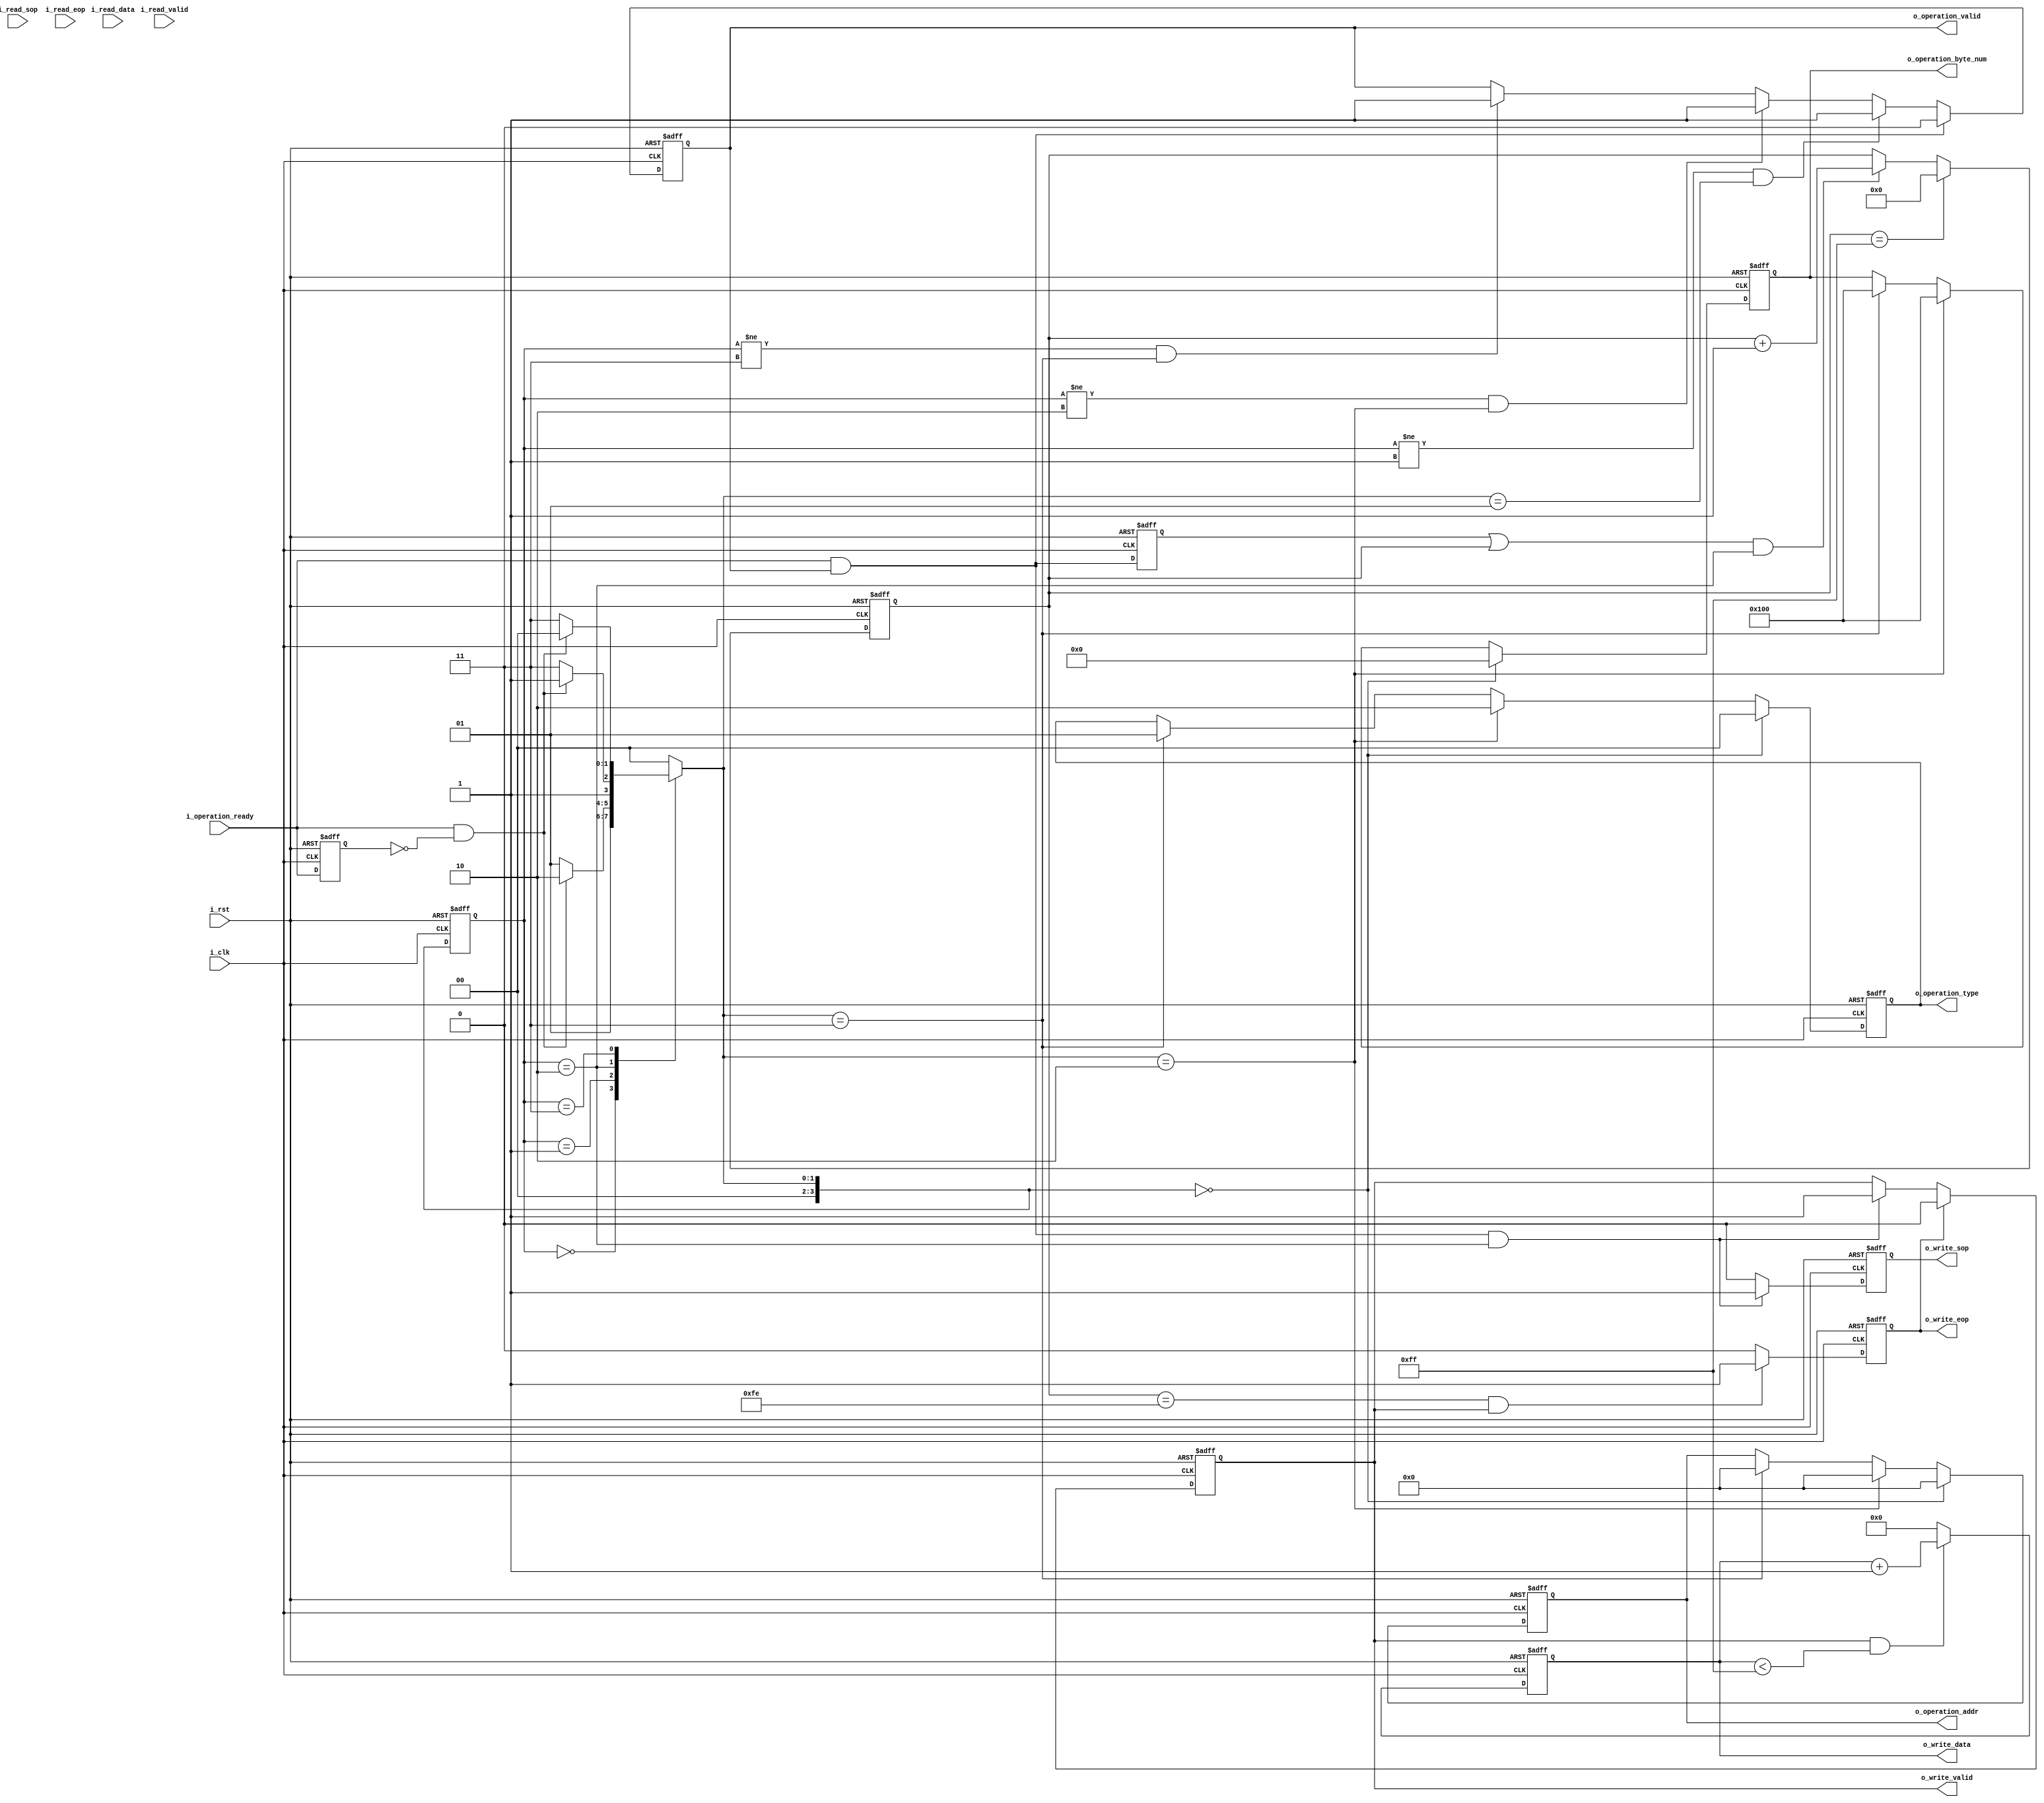
`timescale 1ns / 1ps
//////////////////////////////////////////////////////////////////////////////////
// Company: 
// Engineer: 
// 
// Design Name: 
// Module Name: user_data_gen_module
// Project Name: 
// Target Devices: 
// Tool Versions: 
// Description: 
// 
// Dependencies: 
// 
// Revision:
// Revision 0.01 - File Created
// Additional Comments:
// 
//////////////////////////////////////////////////////////////////////////////////


module user_data_gen_module#(
    parameter                       P_DATA_WIDTH  = 8  ,
    parameter                       P_SPI_CPOL    = 0  ,
    parameter                       P_SPI_CPHL    = 0  ,
    parameter                       P_READ_DWIDTH = 8  ,
    parameter                       P_OP_LEN      = 32  //
)(
    input                           i_clk                   ,
    input                           i_rst                   ,

    output  [1 :0]                  o_operation_type        ,
    output  [23:0]                  o_operation_addr        ,
    output  [8 :0]                  o_operation_byte_num    ,
    output                          o_operation_valid       ,
    input                           i_operation_ready       ,
    output  [P_DATA_WIDTH - 1 : 0]  o_write_data            ,
    output                          o_write_sop             ,
    output                          o_write_eop             ,
    output                          o_write_valid           ,
    input   [P_DATA_WIDTH - 1 : 0]  i_read_data             ,
    input                           i_read_sop              ,
    input                           i_read_eop              ,
    input                           i_read_valid             
);
/******************************function***************************/
/******************************parameter**************************/
//
localparam                      P_CLEAR_TYPE    = 0     ,
                                P_READ_TYPE     = 1     ,
                                P_WRITE_TYPE    = 2     ;

localparam                      P_DATA_NUM      = 256   ;    //max = 256                            
//                                
localparam                      P_ST_IDLE       = 0     ,
                                P_ST_CLEAR      = 1     ,
                                P_ST_WRITE      = 2     ,
                                P_ST_READ       = 3     ;
/******************************port*******************************/
/******************************machine****************************/
reg  [3 :0]                     r_st_cur                ;
reg  [3 :0]                     r_st_nxt                ;
/******************************reg********************************/
reg  [1 :0]                     ro_operation_type       ;
reg  [23:0]                     ro_operation_addr       ;
reg  [8 :0]                     ro_operation_byte_num   ;
reg                             ro_operation_valid      ;
reg  [P_DATA_WIDTH - 1 : 0]     ro_write_data           ;
reg                             ro_write_sop            ;
reg                             ro_write_eop            ;
reg                             ro_write_valid          ;
reg  [P_DATA_WIDTH - 1 : 0]     ri_read_data            ;
reg                             ri_read_sop             ;
reg                             ri_read_eop             ;
reg                             ri_read_valid           ;
reg                             ri_operation_ready_1d   ;
reg                             r_op_active             ;
reg  [15:0]                     r_write_cnt             ;
/******************************wire*******************************/
wire                            w_op_active             ;
wire                            w_operation_ready_pos   ;
/******************************component**************************/
/******************************assign*****************************/
assign o_operation_type     =   ro_operation_type       ;
assign o_operation_addr     =   ro_operation_addr       ;
assign o_operation_byte_num =   ro_operation_byte_num   ;
assign o_operation_valid    =   ro_operation_valid      ;
assign o_write_data         =   ro_write_data           ;
assign o_write_sop          =   ro_write_sop            ;
assign o_write_eop          =   ro_write_eop            ;
assign o_write_valid        =   ro_write_valid          ;

assign w_op_active           = i_operation_ready & o_operation_valid     ;
assign w_operation_ready_pos = i_operation_ready & !ri_operation_ready_1d;
/******************************always*****************************/
always @(posedge i_clk or posedge i_rst)begin
    if(i_rst)
        r_st_cur <= P_ST_IDLE;
    else
        r_st_cur <= r_st_nxt;
end

always @(*)begin
    case (r_st_cur)
        P_ST_IDLE    :  r_st_nxt = P_ST_CLEAR;
        P_ST_CLEAR   :  r_st_nxt = w_operation_ready_pos ? P_ST_WRITE : P_ST_CLEAR; 
        P_ST_WRITE   :  r_st_nxt = w_operation_ready_pos ? P_ST_READ  : P_ST_WRITE;
        P_ST_READ    :  r_st_nxt = w_operation_ready_pos ? P_ST_IDLE  : P_ST_READ;
        default      :  r_st_nxt = P_ST_IDLE;
    endcase
end

always @(posedge i_clk or posedge i_rst)begin
    if(i_rst)
        ro_operation_valid <= 'd0;
    else if(w_op_active)
        ro_operation_valid <= 'd0;
    else if(r_st_cur != P_ST_CLEAR && r_st_nxt == P_ST_CLEAR)
        ro_operation_valid <= 'd1;
    else if(r_st_cur != P_ST_WRITE && r_st_nxt == P_ST_WRITE)
        ro_operation_valid <= 'd1;
    else if(r_st_cur != P_ST_READ && r_st_nxt == P_ST_READ)
        ro_operation_valid <= 'd1;
    else
        ro_operation_valid <= ro_operation_valid;
end

always @(posedge i_clk or posedge i_rst)begin
    if(i_rst)begin
        ro_operation_type     <= 'd0;
        ro_operation_addr     <= 'd0;
        ro_operation_byte_num <= 'd0;
    end
    else if(r_st_nxt == P_CLEAR_TYPE)begin
        ro_operation_type     <= P_CLEAR_TYPE;
        ro_operation_addr     <= 'd0;
        ro_operation_byte_num <= 'd0;
    end
    else if(r_st_nxt == P_ST_WRITE)begin
        ro_operation_type     <= P_WRITE_TYPE;
        ro_operation_addr     <= 'd0;
        ro_operation_byte_num <= P_DATA_NUM;
    end
    else if(r_st_nxt == P_ST_READ)begin
        ro_operation_type     <= P_READ_TYPE;
        ro_operation_addr     <= 'd0;
        ro_operation_byte_num <= P_DATA_NUM;
    end
    else begin
        ro_operation_type     <= ro_operation_type    ;
        ro_operation_addr     <= ro_operation_addr    ;
        ro_operation_byte_num <= ro_operation_byte_num;
    end
end

always @(posedge i_clk or posedge i_rst)begin
    if(i_rst)
        ri_operation_ready_1d <= 'd0;
    else
        ri_operation_ready_1d <= i_operation_ready;
end

always @(posedge i_clk or posedge i_rst)begin
    if(i_rst)
        r_write_cnt <= 'd0;
    else if(r_write_cnt == P_DATA_NUM-1)
        r_write_cnt <= 'd0;
    else if((r_op_active || r_write_cnt) && r_st_cur == P_ST_WRITE)
        r_write_cnt <= r_write_cnt + 1;
    else
        r_write_cnt <= r_write_cnt;
end

always @(posedge i_clk or posedge i_rst)begin
    if(i_rst)
        ro_write_data <= 'd0;
    else if(ro_write_valid && ro_write_data < 255)
        ro_write_data <= ro_write_data + 1;
    else
        ro_write_data <= 'd0;
end

always @(posedge i_clk or posedge i_rst)begin
    if(i_rst)
        r_op_active <= 'd0;
    else
        r_op_active <= w_op_active;
end

always @(posedge i_clk or posedge i_rst)begin
    if(i_rst)
        ro_write_sop <= 'd0;
    else if(w_op_active && r_st_cur == P_ST_WRITE)
        ro_write_sop <= 'd1;
    else
        ro_write_sop <= 'd0;
end

always @(posedge i_clk or posedge i_rst)begin
    if(i_rst)
        ro_write_eop <= 'd0;
    else if(r_write_cnt == P_DATA_NUM-2 && ro_write_valid)
        ro_write_eop <= 'd1;
    else
        ro_write_eop <= 'd0;
end

always @(posedge i_clk or posedge i_rst)begin
    if(i_rst)
        ro_write_valid <= 'd0;
    else if(ro_write_eop)
        ro_write_valid <= 'd0;
    else if(w_op_active && r_st_cur == P_ST_WRITE)
        ro_write_valid <= 'd1;
    else
        ro_write_valid <= ro_write_valid;
end

endmodule